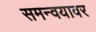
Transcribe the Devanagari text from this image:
समन्वयावर